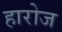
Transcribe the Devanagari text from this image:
हारोज